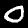
Label: 0